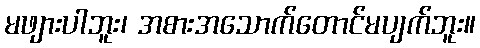
မဖျားပါဘူး၊ အစားအသောက်တောင်မပျက်ဘူး။